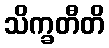
သိက္ခတီတိ